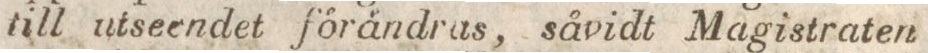
till utsecndet förändras, såvidt Magistraten